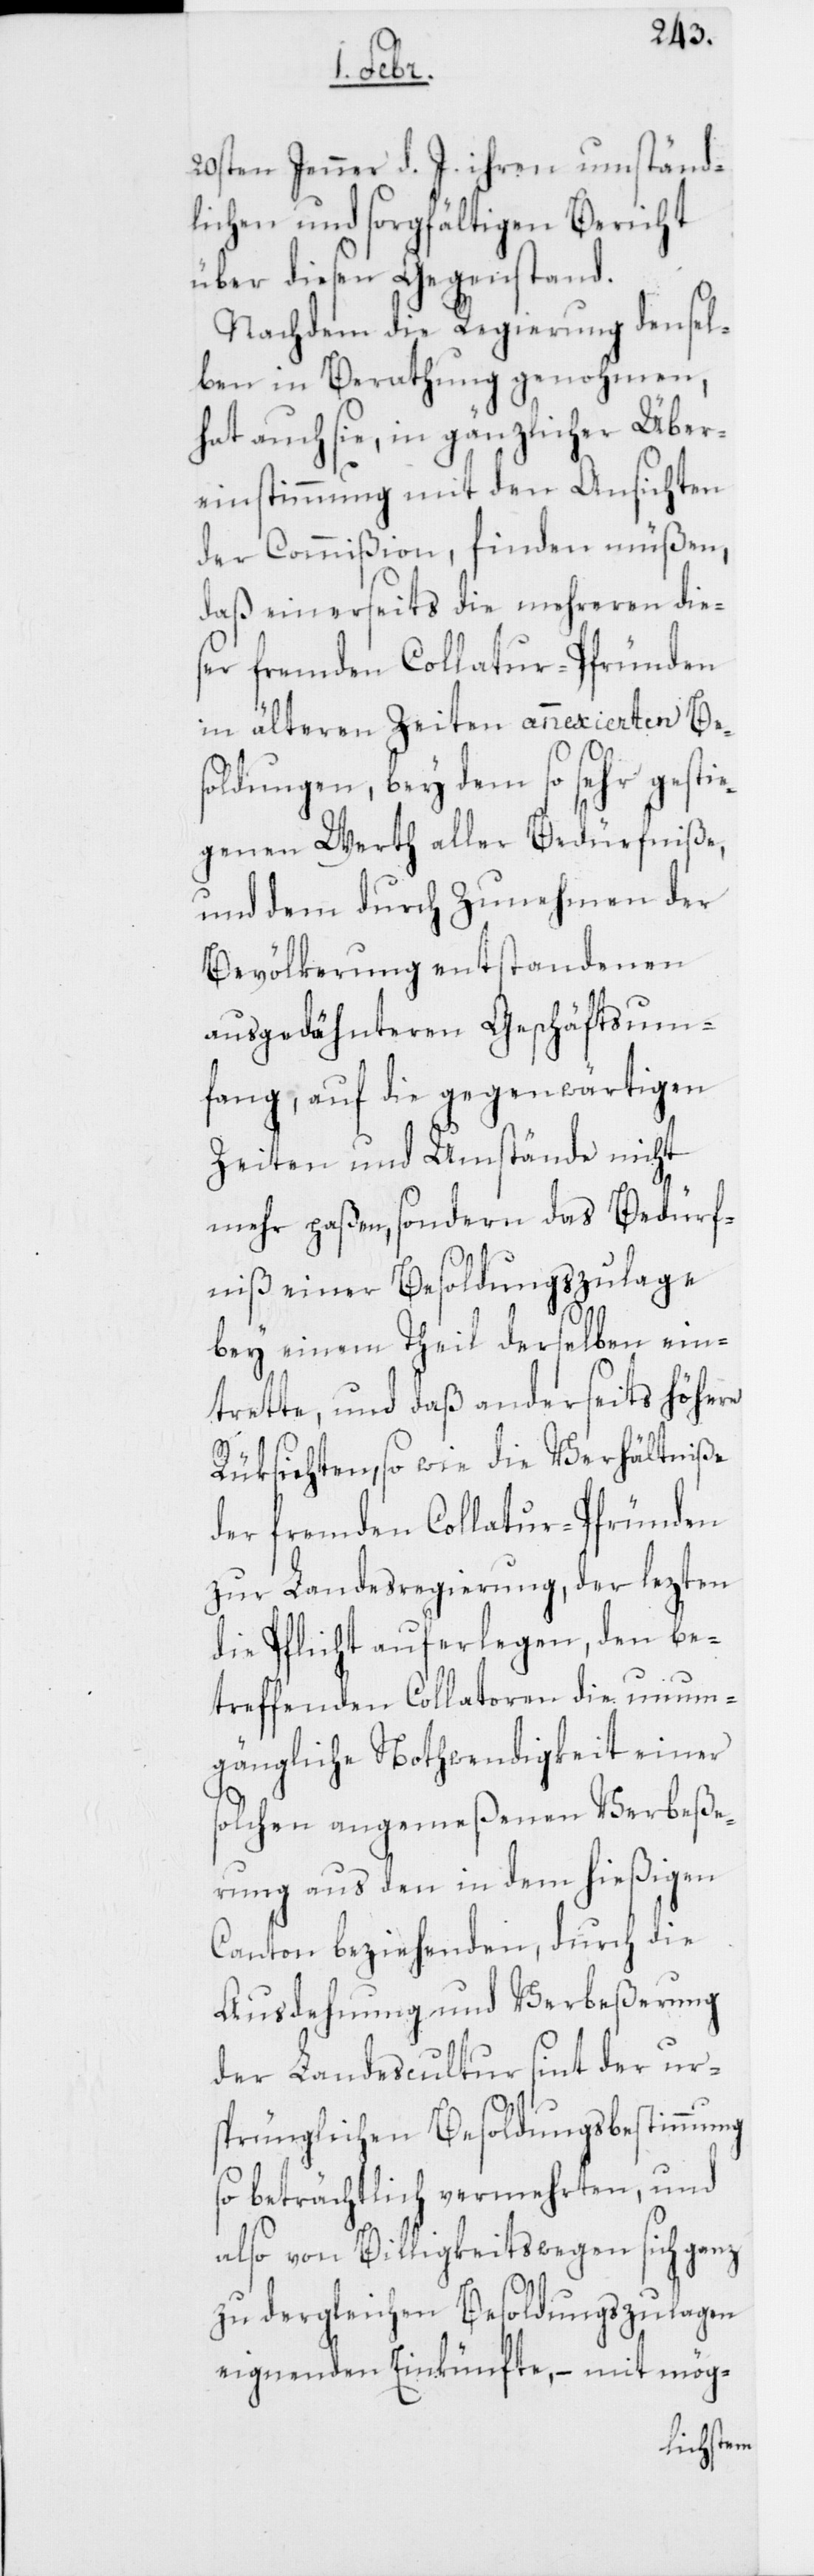
20sten Jenner d. J. ihren umständ¬
lichen und sorgfältigen Bericht
über diesen Gegenstand.
Nachdem die Regierung densel¬
ben in Berathung genohmen,
hat auch sie, in gänzlicher Über¬
einstimmung mit den Ansichten
der Commißion, finden müßen,
daß einerseits die mehreren dies¬
er fremden Collatur-Pfründen
in älteren Zeiten annexierten Be¬
soldungen, bey dem so sehr gestie¬
genen Werth aller Bedürfniße,
und dem durch Zunehmen der
Bevölkerung entstandenen
ausgedähnteren Geschäftsum¬
fang, auf die gegenwärtigen
Zeiten und Umstände nicht
mehr paßen, sondern das Bedürf¬
niß einer Besoldungszulage
bey einem Theil derselben ein¬
trette, und daß anderseits höhere
Rüksichten, sowie die Verhältniße
der fremden Collatur-Pfründen
zur Landesregierung, der lezten
die Pflicht auferlegen, den be¬
treffenden Collatoren die unum¬
gängliche Nothwendigkeit einer
solchen angemeßenen Verbeße¬
rung aus den in dem hießigen
Canton beziehenden, durch die
Ausdehnung und Verbeßerung
der Landescultur sint der ur¬
sprünglichen Besoldungsbestimmung
so beträchtlich vermehrten, und
also von Billigkeits wegen sich ganz
zu dergleichen Besoldungszulagen
eignenden Einkünfte, – mit mög-